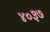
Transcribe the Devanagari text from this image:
४०३७